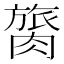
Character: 膐